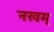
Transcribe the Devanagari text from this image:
नखम्